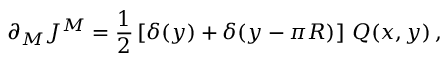
\partial _ { M } J ^ { M } = \frac { 1 } { 2 } \left[ \delta ( y ) + \delta ( y - \pi R ) \right] \, { \cal Q } ( x , y ) \, ,